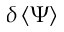
\delta \left\langle \Psi \right\rangle